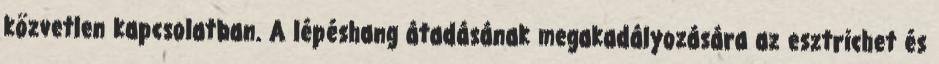
közvetlen kapcsolatban. A lépéshang átadásának megakadályozására az esztrichet és